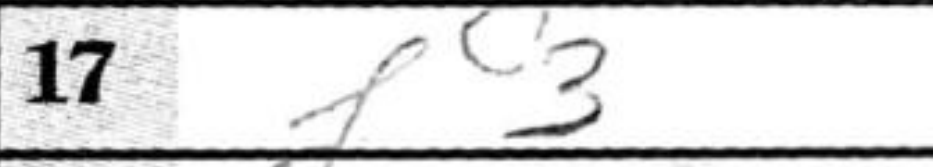
Transcription: f3